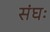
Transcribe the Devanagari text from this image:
संघः